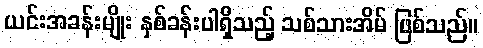
ယင်းအခန်းမျိုး နှစ်ခန်းပါရှိသည့် သစ်သားအိမ် ဖြစ်သည်။